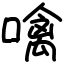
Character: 噙